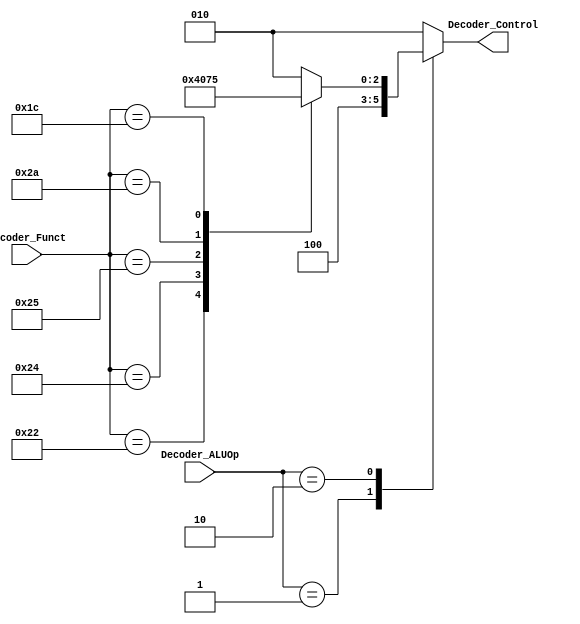
// TYPE: module
// DEPARTMENT: communication and electronics department
// AUTHOR EMAIL: mina.hannaone@gmail.com
//------------------------------------------------
// Release history
// VERSION DATE AUTHOR DESCRIPTION
// 1.0 10/7/2022 Mina Hanna final version
//------------------------------------------------
// KEYWORDS: ALU decoder, arithmetic control unit, 32 bits alu controller
//------------------------------------------------
// PURPOSE: ALU Decoder enabled by the main decoder for the 32 bit mips\
///////////////defining input and output ports//////////
module ALU_Decoder (
  input     wire     [1:0]     Decoder_ALUOp,
  input     wire     [5:0]     Decoder_Funct,
  output    reg      [2:0]     Decoder_Control);
////////////////////combinational logic/////////////////  
  always@(*)
  begin
    case(Decoder_ALUOp)
      2'b00            : begin
                          Decoder_Control = 3'b010;
                         end
      2'b01            : begin
                          Decoder_Control = 3'b100;
                         end
      2'b10            : begin
                          case(Decoder_Funct)
                            6'b100000 : begin
                                         Decoder_Control = 3'b010;
                                        end
                            6'b100010 : begin
                                         Decoder_Control = 3'b100;
                                        end
                            6'b100100 : begin
                                         Decoder_Control = 3'b000;
                                        end
                            6'b100101 : begin
                                         Decoder_Control = 3'b001;
                                        end
                            6'b101010 : begin
                                         Decoder_Control = 3'b110;
                                        end
                            6'b011100 : begin
                                         Decoder_Control = 3'b101;
                                        end
                            default   : begin
                                         Decoder_Control = 3'b010;
                                        end
                          endcase
                         end
      default          : begin
                          Decoder_Control = 3'b010;
                         end
    endcase
  end
endmodule